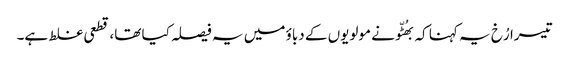
تیسرا رُخ یہ کہنا کہ بھُٹّو نے مولویوں کے دباؤ میں یہ فیصلہ کیا تھا، قطعی غلط ہے۔